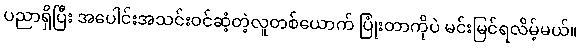
ပညာရှိပြီး အပေါင်းအသင်းဝင်ဆံ့တဲ့လူတစ်ယောက် ပြုံးတာကိုပဲ မင်းမြင်ရလိမ့်မယ်။